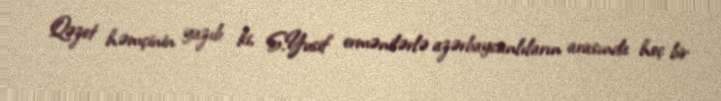
Qəzet həmçinin yazıb ki, S.Yusif ermənilərlə azərbaycanlıların arasında heç bir